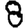
Digit: 8